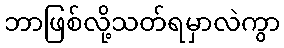
ဘာဖြစ်လို့သတ်ရမှာလဲကွာ